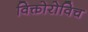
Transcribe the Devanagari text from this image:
विक्तोरोविच